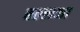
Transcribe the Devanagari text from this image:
बल्लभा